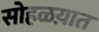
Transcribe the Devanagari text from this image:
सोहळय़ात